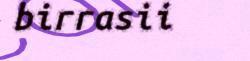
birrasii